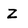
Character: Z